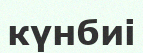
күнбиі